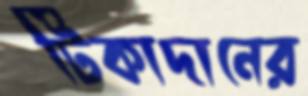
টিকাদানের